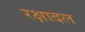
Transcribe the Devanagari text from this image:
रक्षादल